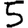
Digit: 5